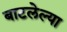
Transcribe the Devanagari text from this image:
बाटलेल्या